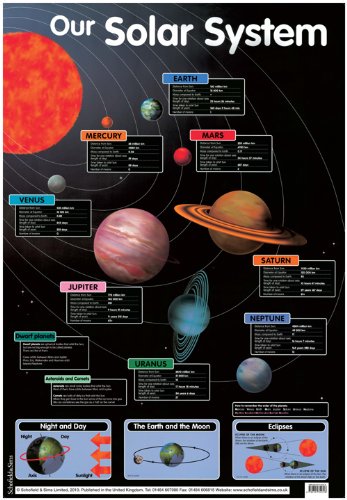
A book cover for Our Solar System (Laminated posters); Schofield & Sims; Science & Math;